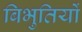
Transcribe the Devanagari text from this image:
बिभुतियों